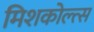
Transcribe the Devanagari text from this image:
मिशकोल्त्स